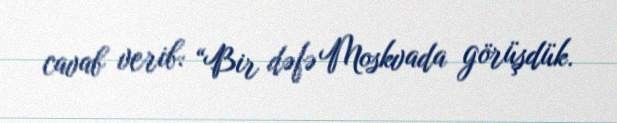
cavab verib: “Bir dəfə Moskvada görüşdük.